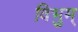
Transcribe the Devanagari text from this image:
विभुम्‌